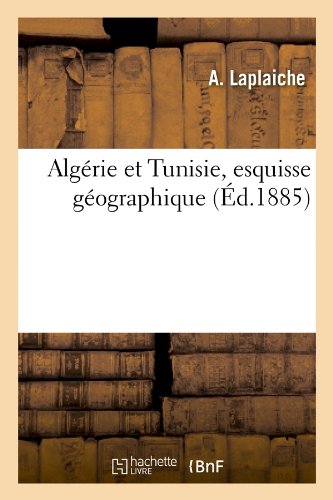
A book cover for Algerie Et Tunisie, Esquisse Geographique, (Ed.1885) (Histoire) (French Edition); Laplaiche a.; Travel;